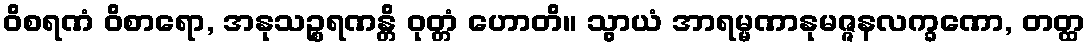
ဝိစရဏံ ဝိစာရော, အနုသဉ္စရဏန္တိ ဝုတ္တံ ဟောတိ။ သွာယံ အာရမ္မဏာနုမဇ္ဇနလက္ခဏော, တတ္ထ